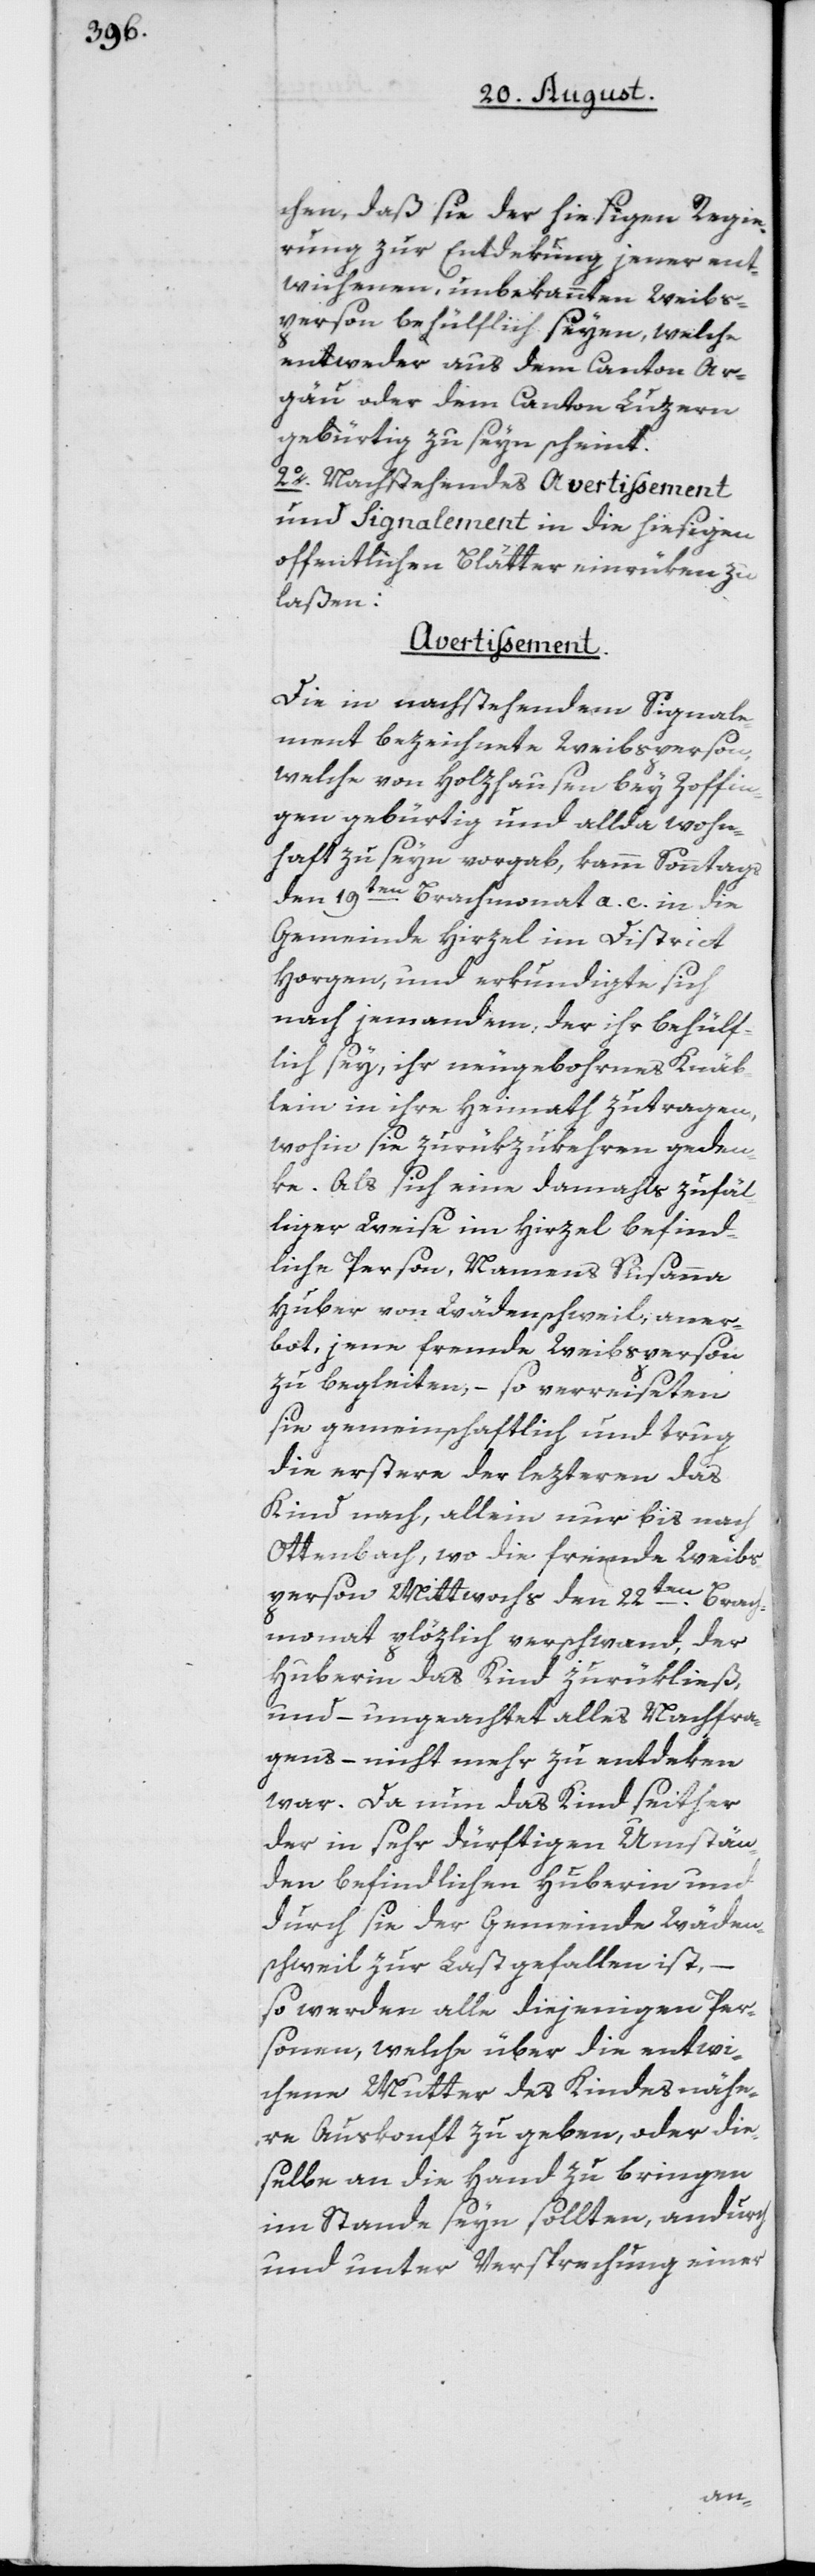
chen, daß sie der hiesigen Regie¬
rung zur Entdekung jener ent¬
wichenen, unbekannten Weibs¬
person behülflich seyen, welche
entweder aus dem Canton Ar¬
gäu oder dem Canton Luzern
gebürtig zu seyn scheint.
2o. Nachstehendes Avertissement
und Signalement in die hiesigen
offentlichen Blätter einrüken zu
laßen:
Avertissement.
Die in nachstehendem Signale¬
ment bezeichnete Weibsperson,
welche von Holzhausen bey Zoffin¬
gen gebürtig und allda wohn¬
haft zu seyn vorgab, kamm Sonntags
den 19ten Brachmonat a. c. in die
Gemeinde Hirzel im District
Horgen, und erkundigte sich
nach jemandem, der ihr behülf¬
lich sey, ihr neugebohrnes Knäb¬
lein in ihre Heimath zutragen,
wohin sie zurükzukehren geden¬
ke. Als sich eine damahls zufäl¬
liger Weise im Hirzel befind¬
liche Person, Namens Susanna
Huber von Wädenschweil aner¬
bot, jene fremde Weibsperson
zu begleiten, – so verreiseten
sie gemeinschaftlich und trug
die erstere der lezteren das
Kind nach, allein nur bis nach
Ottenbach, wo die fremde Weibs¬
person Mittwochs den 22ten Brach¬
monat plözlich verschwand, der
Huberin das Kind zurükließ,
und – ungeachtet alles Nachfra¬
gens – nicht mehr zu entdeken
war. Da nun das Kind seither
der in sehr dürftigen Umstän¬
den befindlichen Huberin und
durch sie der Gemeinde Wäden¬
schweil zur Last gefallen ist, –
so werden alle diejenigen Per¬
sonen, welche über die entwi¬
chene Mutter des Kindes nähe¬
re Auskonft zu geben, oder die¬
selbe an die Hand zu bringen
im Stande seyn sollten, andurch
und unter Versprechnung einer